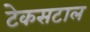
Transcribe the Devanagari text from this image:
टेकसटाल